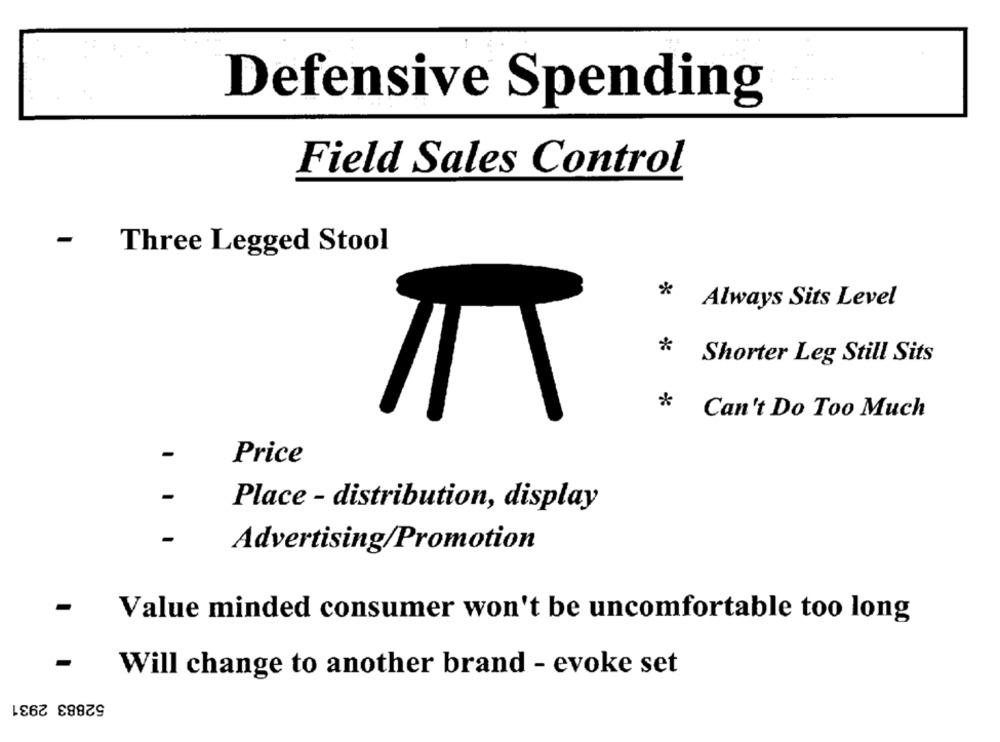
Defensive Spending
Field Sales Control
Three Legged Stool
*
Always Sits Level
* Shorter Leg Still Sits
* Can't Do Too Much
Price
Place - distribution, display
Advertising/Promotion
Value minded consumer won't be uncomfortable too long
Will change to another brand - evoke set
52883 2931